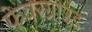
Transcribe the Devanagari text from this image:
फेयरग्राउंड